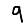
Digit: 9